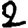
Digit: 2